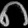
Digit: ၈